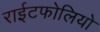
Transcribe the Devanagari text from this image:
राईटफोलियो